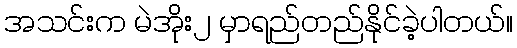
အသင်းက မဲအိုး၂ မှာရည်တည်နိုင်ခဲ့ပါတယ်။